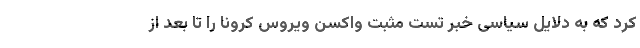
کرد که به دلایل سیاسی خبر تست مثبت واکسن ویروس کرونا را تا بعد از